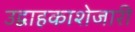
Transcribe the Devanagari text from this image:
उद्वाहकाशेजारी